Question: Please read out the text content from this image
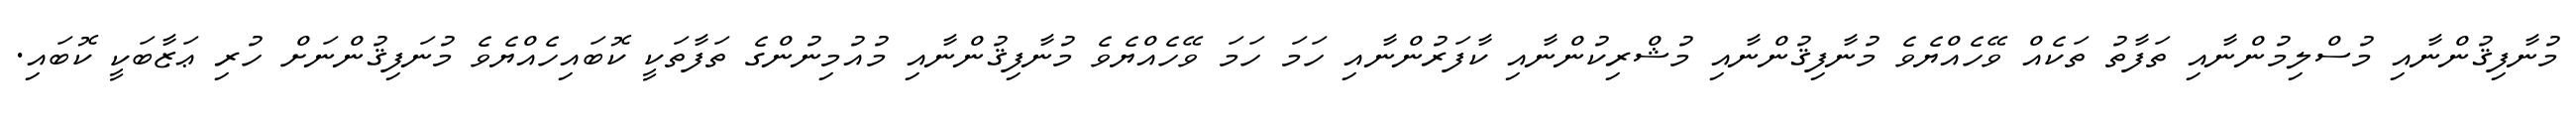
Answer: މުނާފިޤުންނާއި މުސްލިމުންނާއި ތަފާތު ތަކެއް ވޭހެއްޔެވެ މުނާފިޤުންނާއި މުޝްރިކުންނާއި ކާފަރުންނާއި ހަމަ ހަމަ ވޭހެއްޔެވެ މުނާފިޤުންނާއި މުއުމިނުންގެ ތަފާތަކީ ކޮބައިހެއްޔެވެ މުނަފިޤުންނަށް ހުރި ޢަޒާބަކީ ކޮބައި.